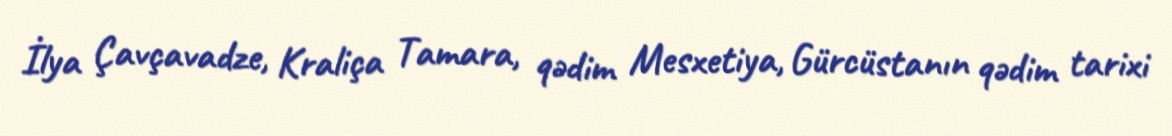
İlya Çavçavadze, Kraliça Tamara, qədim Mesxetiya, Gürcüstanın qədim tarixi